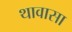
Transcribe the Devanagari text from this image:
थावासा